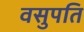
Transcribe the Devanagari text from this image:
वसुपति